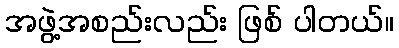
အဖွဲ့အစည်းလည်း ဖြစ် ပါတယ်။